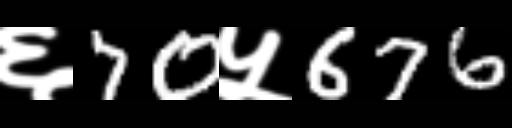
Text: ६70५676